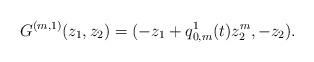
LaTeX: \begin{align*}G^{(m,1)}(z_1,z_2)=(-z_1+q^1_{0,m}(t)z_2^m, -z_2).\end{align*}